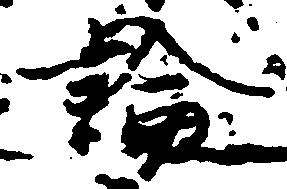
論